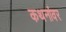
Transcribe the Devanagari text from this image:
कथनांवर